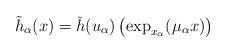
\begin{align*} \tilde{h}_\alpha(x)=\check{h}(u_\alpha)\left(\exp_{x_\alpha}(\mu_\alpha x) \right) \end{align*}